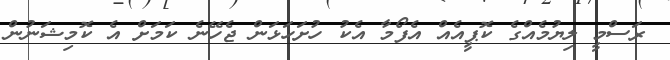
ރަސްމީ ލިޔުމެއްގެ ކޮޕީއެއް އެފޯމާ އެކު ހުށަހަޅަން ޖެހޭނެ ކަމަށް އެ ކޮމިޝަނުން